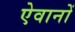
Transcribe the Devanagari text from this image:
ऐवानों